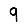
Digit: 9